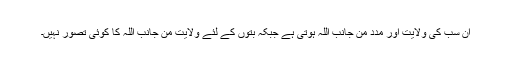
ان سب کی ولایت اور مدد من جانب اللہ ہوتی ہے جبکہ بتوں کے لئے ولایت من جانب اللہ کا کوئی تصور نہیں۔